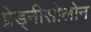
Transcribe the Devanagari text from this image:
प्रेड्नीसोलोन